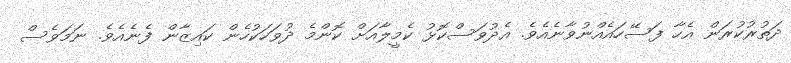
ދަތުރުކުރަން އެހާ ފަސޭހައެއްނުވާނެއެވެ. އެދުވަސްކޮޅު ކެމީލާއަށް ކޮންމެ ދުވަހަކުހެން ކައިޒާން ފެނެއެވެ. ނަމަވެސް